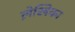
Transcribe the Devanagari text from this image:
ले़खिका